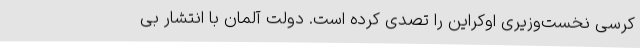
کرسی نخست‌وزیری اوکراین را تصدی کرده است. دولت آلمان با انتشار بی